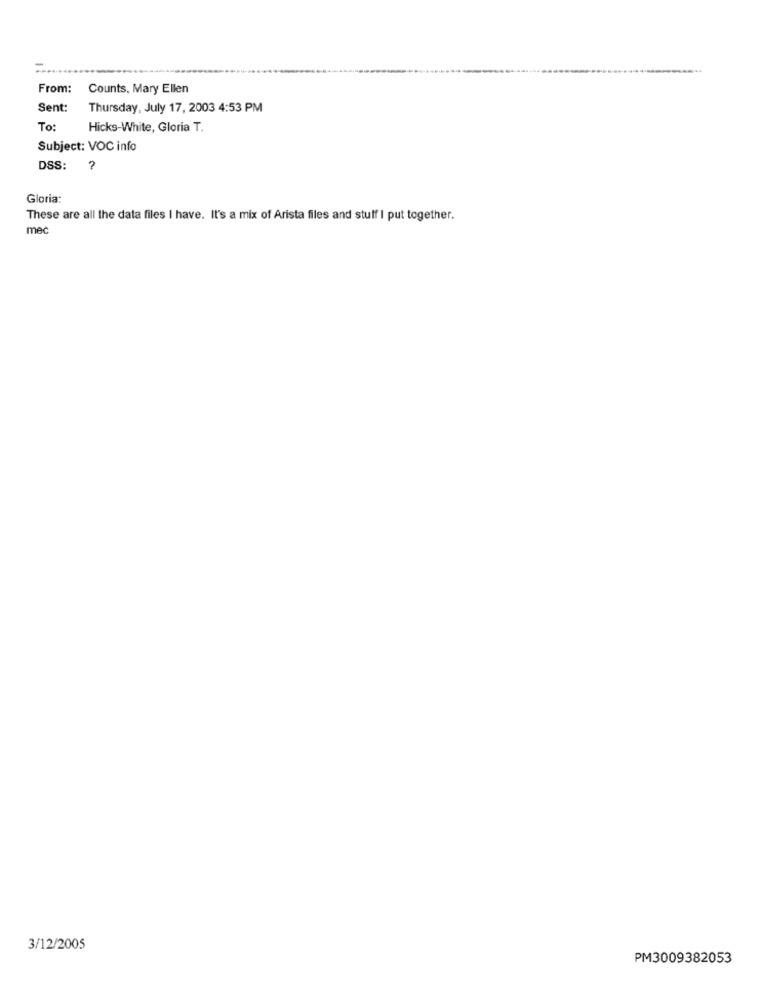
From:
Counts, Mary Ellen
Sent:
Thursday, July 17, 2003 4:53 PM
To:
Hicks-White, Gloria T.
Subject: VOC info
DSS:
?
Gloria:
These are all the data files I have. It's a mix of Arista files and stuff I put together.
mec
3/12/2005
PM3009382053